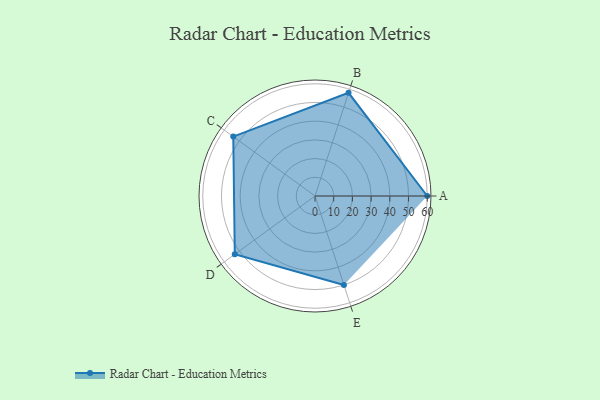
{"axis": {"x": "Skill", "y": "Score"}, "legend": ["Profile"], "data": [{"x": "A", "y": 60.0, "type": "Profile"}, {"x": "B", "y": 58.0, "type": "Profile"}, {"x": "C", "y": 54.0, "type": "Profile"}, {"x": "D", "y": 53.0, "type": "Profile"}, {"x": "E", "y": 50.0, "type": "Profile"}]}